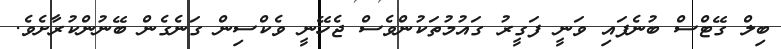
ބިލް ގޭޓްސް ބުނެފައި ވަނީ ފަގީރު ގައުމުތަކުންވެސް ޖެހޭނީ ވެކްސިން ގަނެގެން ބޭނުންކުރާށެވެ.